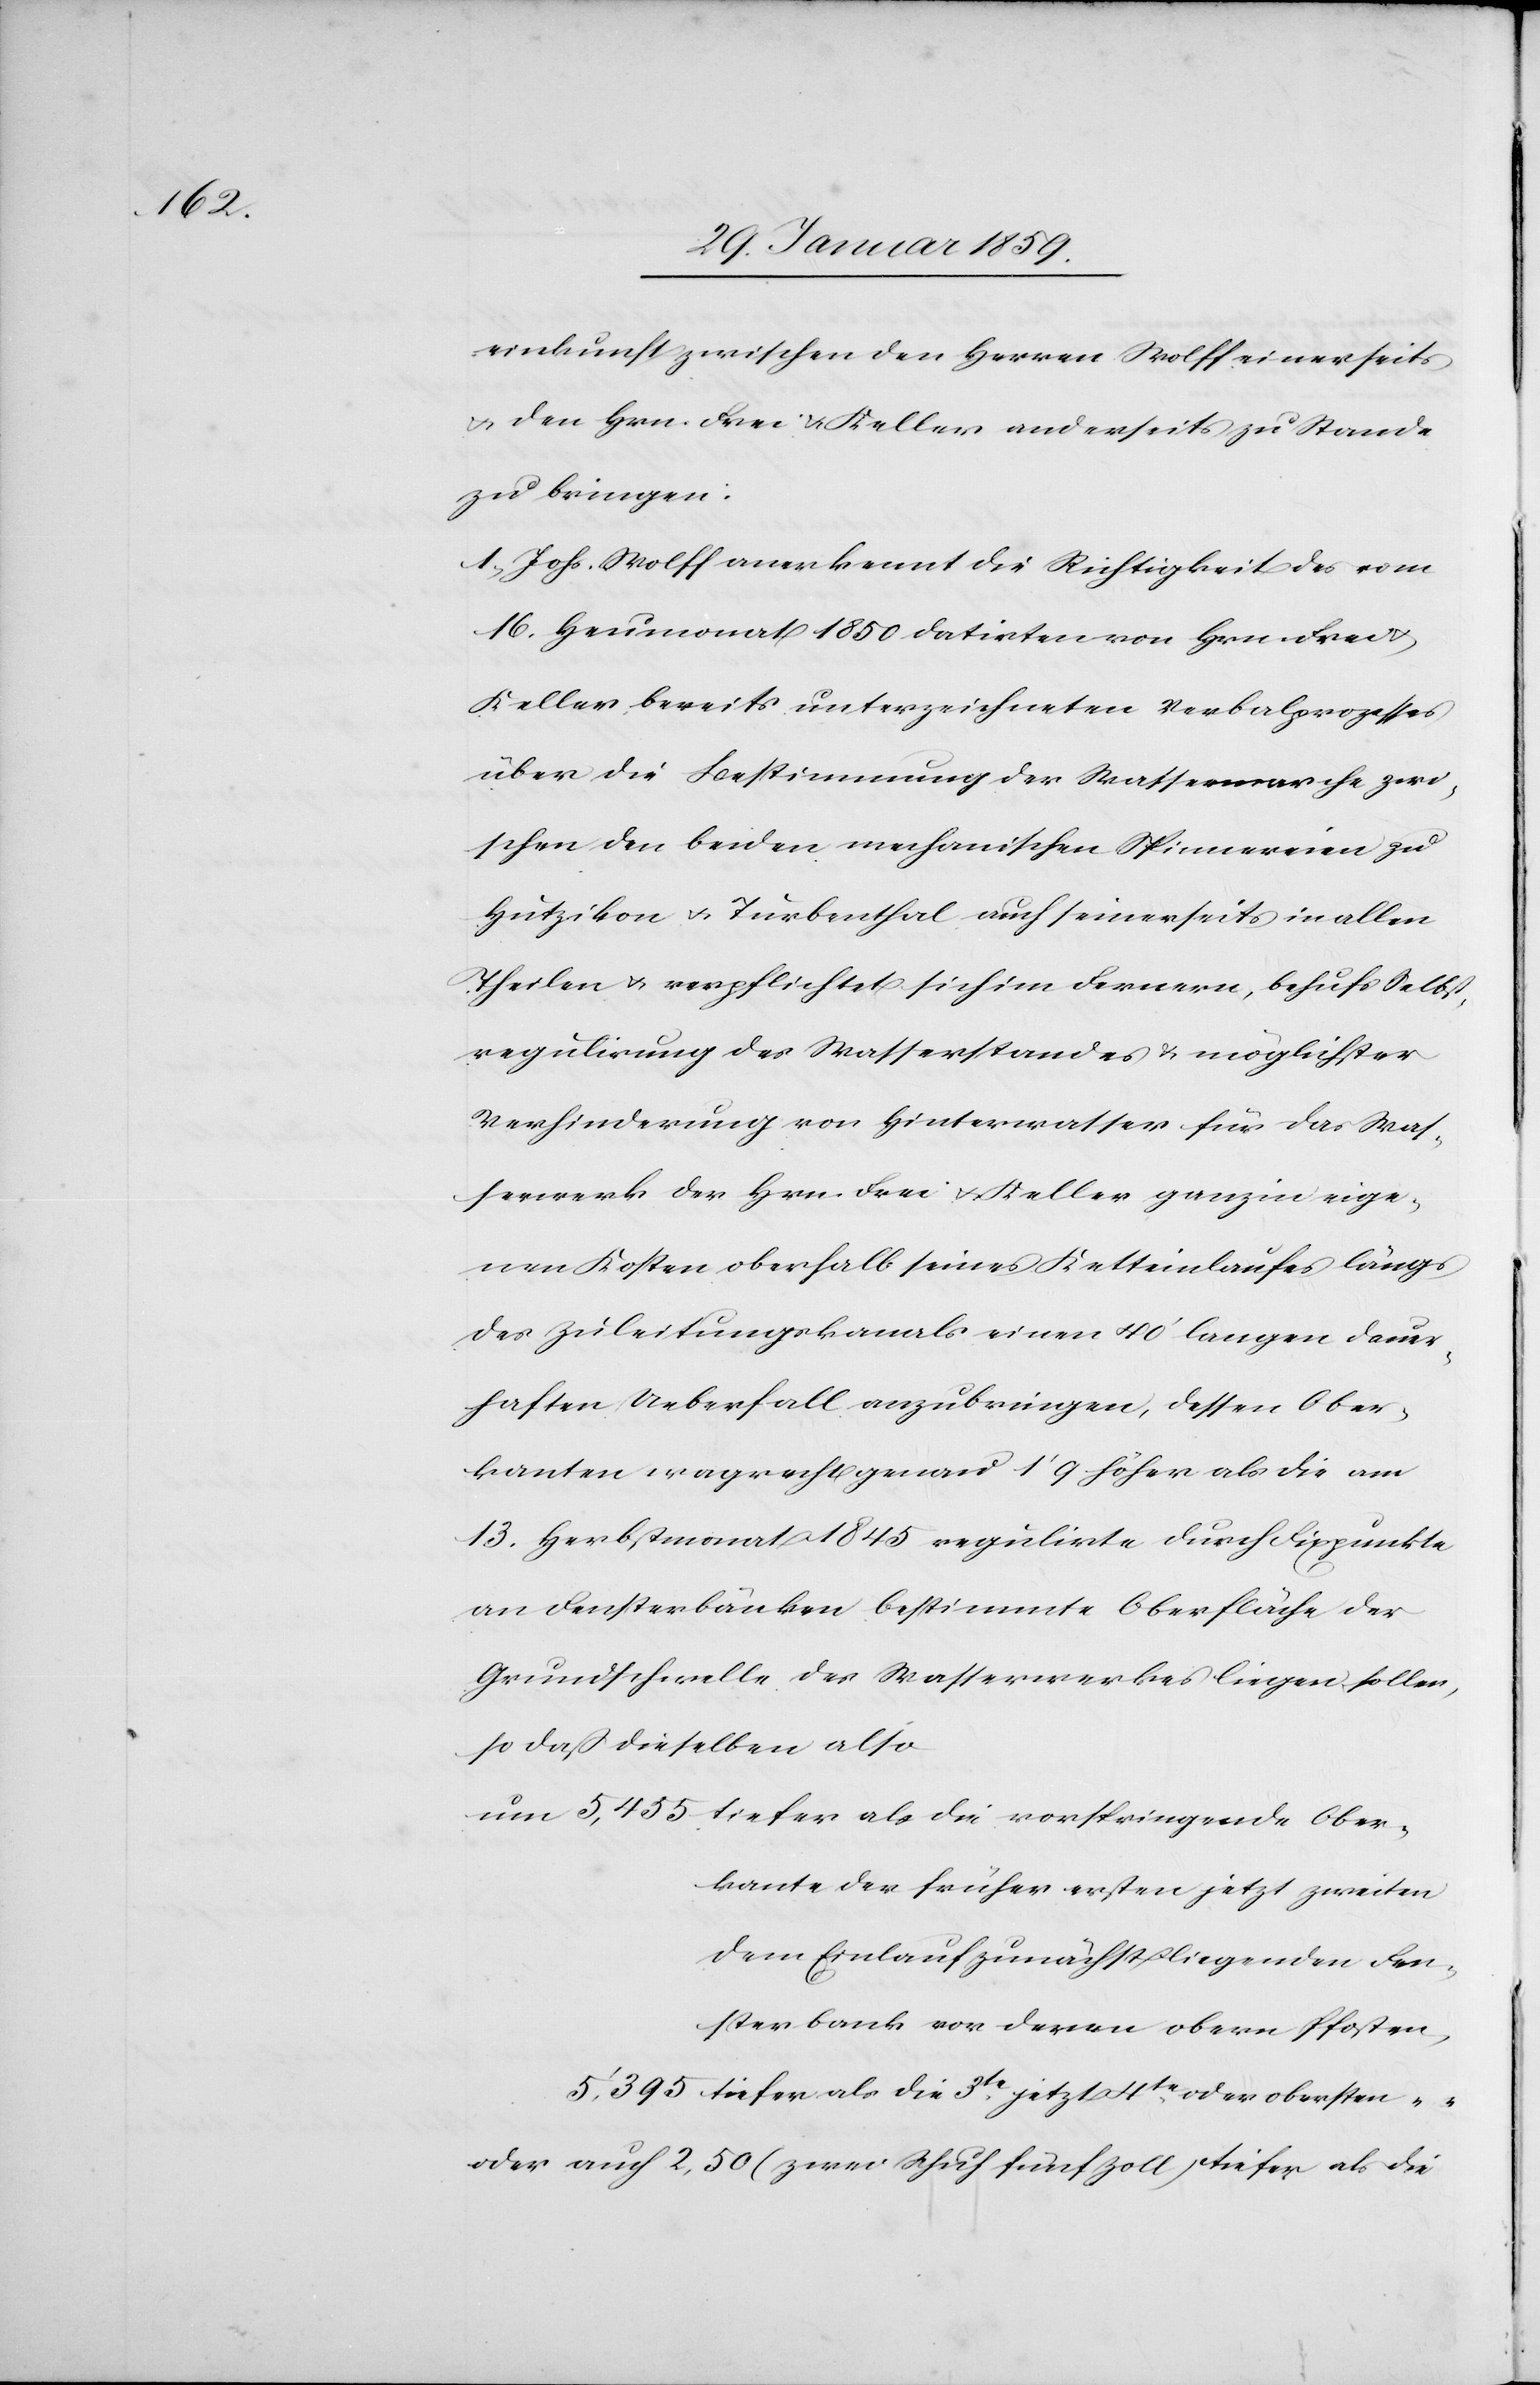
Ober¬

einkunft zwischen den Herren [sic!] Wolff einerseits
u. den Hrn. Frei u. Keller andererseits zu Stande
zu bringen:
1. Johs. Wolff anerkennt die Richtigkeit des vom
18. Heumonat 1850 datirten von Hrn. Frei
Keller bereits unterzeichneten Verbalprozesses
über die Bestimmung der Wassermarche zwi¬
schen den beiden mechanischen Spinnereien zu
Hutzikon u. Turbenthal auch seinerseits in allen
Theilen u. verpflichtet sich im Fernern, behufs Selbst¬
regulirung des Wasserstandes & möglichster
Verhinderung von Hinterwasser für das Was¬
serwerk der Hrn. Frei & Keller ganz in eige¬
nen Kosten oberhalb seines Ketteinlaufes längs
des Zuleitungskanals einen 40' langen dauer¬
haften Ueberfall anzubringen, dessen Ober¬
kanten wagrecht genau 1'9 höher als die am
13. Herbstmonat 1845 regulirte durch Fixpunkte
an Fensterbänken bestimmte Oberfläche der
Grundschwelle des Wasserwerkes liegen sollen,
so daß dieselben also
kante der früher ersten jetzt zweiten
dem Einlauf zunächst liegenden Fen¬
sterbank von deren obern Pfosten,
tiefer als die 3te. jetzt 4te. oder obersten
oder auch 2,50 (zwei Schuh fünf Zoll) tiefer als die